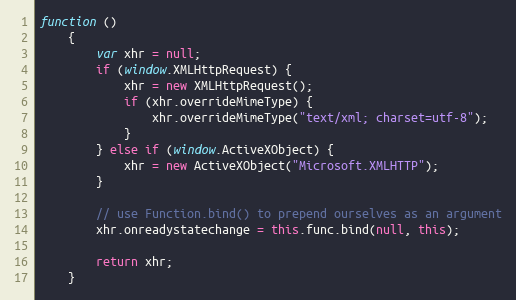
Language: JavaScript
function ()
    {
        var xhr = null;
        if (window.XMLHttpRequest) {
            xhr = new XMLHttpRequest();
            if (xhr.overrideMimeType) {
                xhr.overrideMimeType("text/xml; charset=utf-8");
            }
        } else if (window.ActiveXObject) {
            xhr = new ActiveXObject("Microsoft.XMLHTTP");
        }

        // use Function.bind() to prepend ourselves as an argument
        xhr.onreadystatechange = this.func.bind(null, this);

        return xhr;
    }